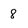
Character: 8